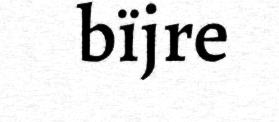
bïjre